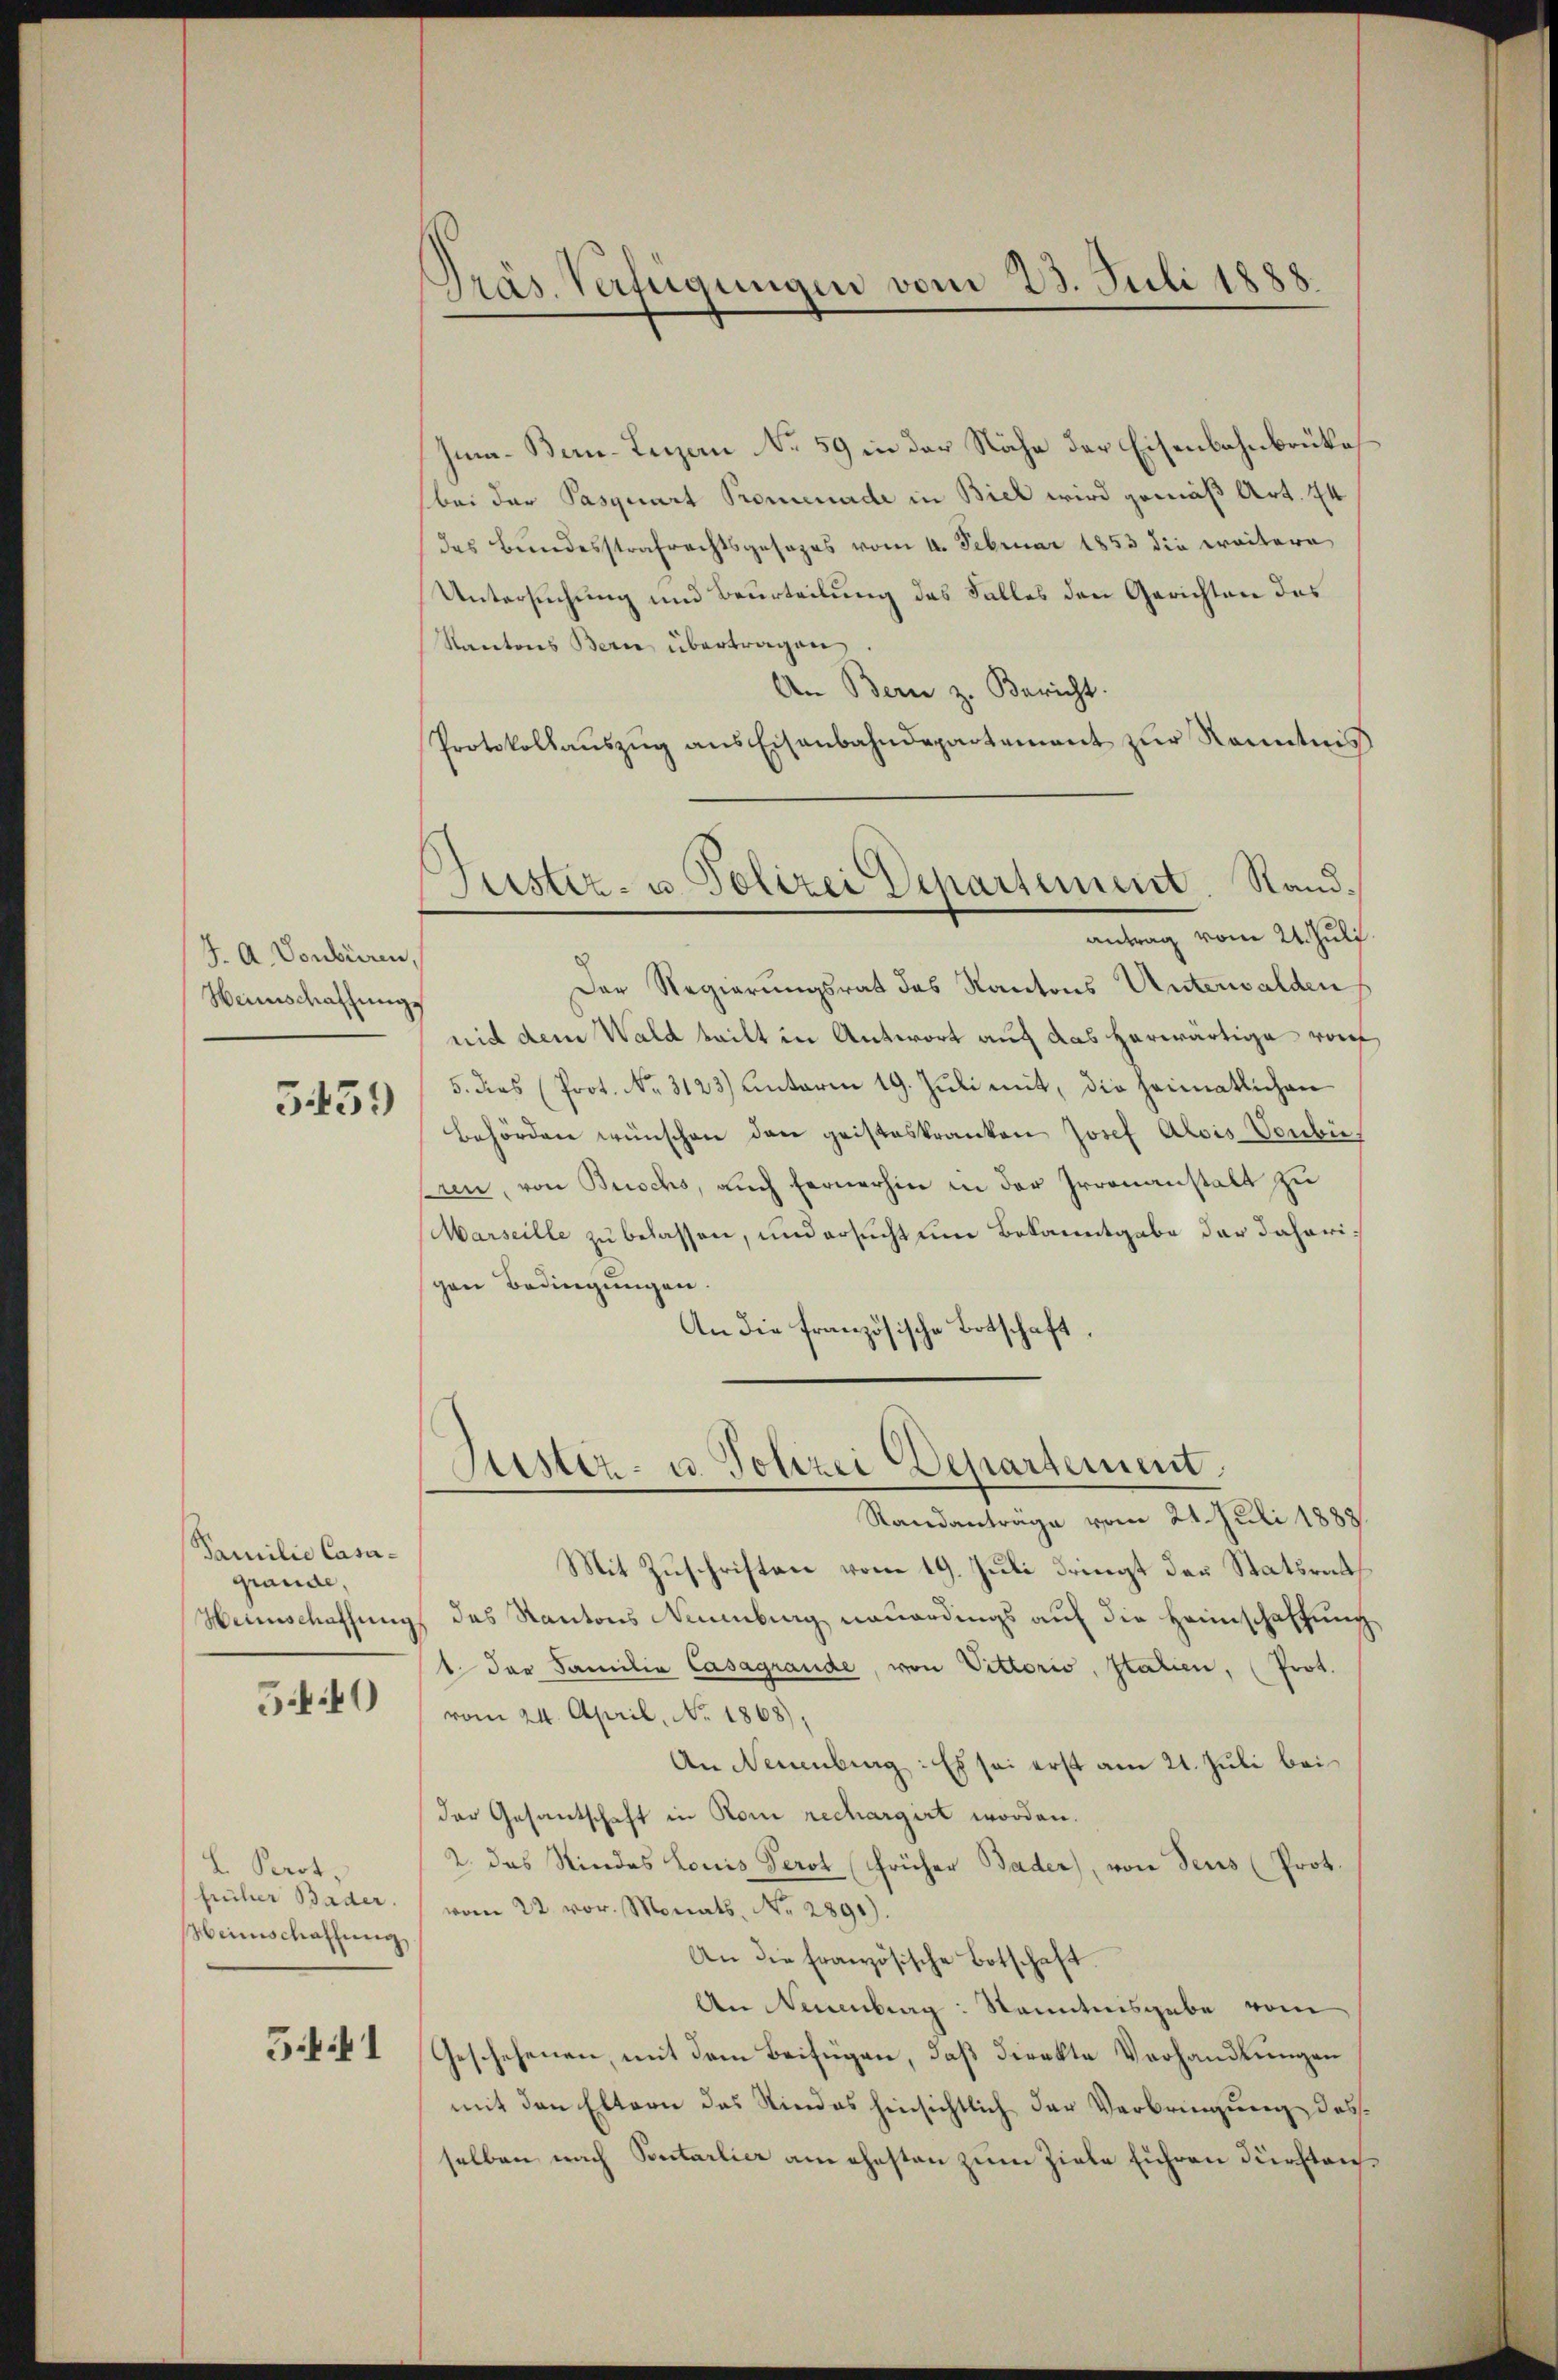
J. A. Vonbiren,
Heimschaffungs
3439

Familie Casagrande,
Heimschaffung
5.40

L. Prot,
früher Bader.
Weinschaffung

5.441

)
Präs. Verfügungen vom 23. Juli 1888

Geister- u. Polizei Departement. Standantrag vom 24. Juli.

Ima-Ber-Lezzen No 59 in der Nähe der Eisenbahnbrüke
bei der Pasquart Promenade in Biel wird gemäß Art. 74
das Bundesstrafrechtsgesezes vom 4. Februar 1853 die weitere
Untersuchung und Beurteilung des Falles den Gerichten des
Kantons Bern übertragen
An Bern z. Bericht.
Protokollauszug aus Eisenbahndepartement zur Kenntnis
Der Regierungsrat das Kantons Unterwalden
nid dem Wald teilt in Antwort auf das herwärtige vor
5. dies (Prot. No. 3123) unterm 19. Juli mit, die heimatlichen
behörden wünschen den geisteskranken Josef Alois Vorbeern, von Buschs, auch fernerhin in der Irrenanstalt zu
Marseille zu belassen, und ersucht um Bekanntgabe der daherigen Bedingungen.
An die französische Botschaft

Suster- u. Polizei Departement

Randanträge vom 24. Juli 1883.
Mit Zuschriften vom 19. Juli dringt der Statsrath
das Kantons Neuenburg neuerdings auf die Heimschaffung
1. Der Familie Casagrande, von Vittorio, Italien, (Prot.
vom 24. April, No. 1868),
An Neuenburg: Es sei erst am 21. Juli bei
der Gesantschaft in Rom rechargirt worden.
2. das Rindes Louis Perot (früher Bader), von Seus (Prot.
vom 22. vor. Monats, No. 2891).
An die Französische Botschaft.
An Neuenburg: Nanntnisgabe vom
Geschehenen, mit dem Beifügen, daß direkte Verhandlungen
mit den Eltern das Kindes hinsichtlich der Verbringung des
selben nach Pentarlier am ehesten zum Ziele Fuhren dürftan¬